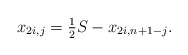
\begin{align*} x_{2i,j} = \tfrac{1}{2} S - x_{2i,n+1-j}.\end{align*}